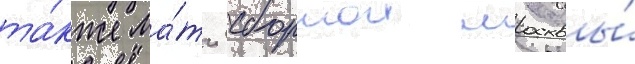
та́кже ма́тч сборнои москвы́